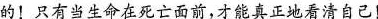
的！只有当生命在死亡面前，才能真正地看清自己！